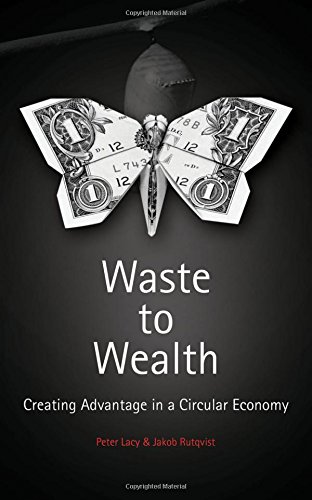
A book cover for Waste to Wealth: The Circular Economy Advantage; Peter Lacy; Business & Money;